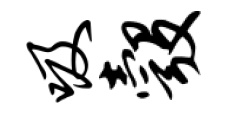
吸彀